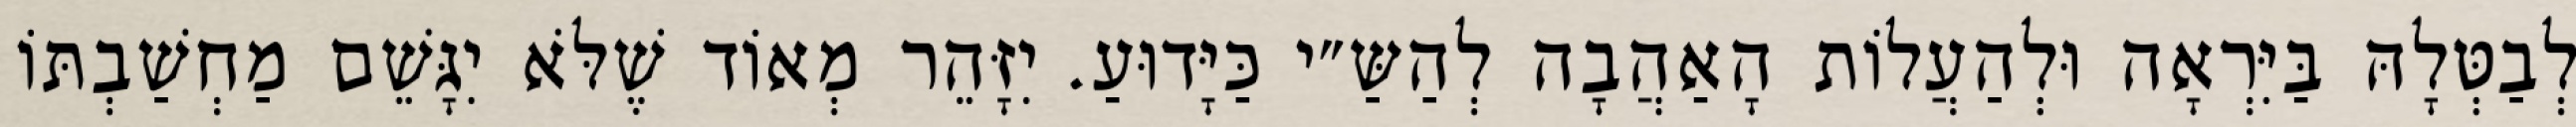
לְבַטְּלָהּ בַּיִּרְאָה וּלְהַעֲלוֹת הָאַהֲבָה לְהַשַּ״י כַּיָּדוּעַ. יִזָּהֵר מְאוֹד שֶׁלֹּא יִגָּשֵׁם מַחְשַׁבְתּוֹ